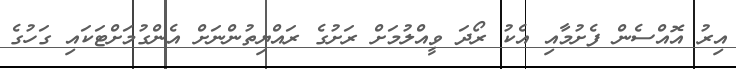
އިރު އޮއްސެން ފެށުމާއި އެކު ރޯދަ ވީއްލުމަށް ރަށުގެ ރައްޔިތުންނަށް އެންގުމަށްޓަކައި ގަހުގެ